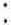
: